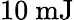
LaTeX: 10\ \mathrm{mJ}